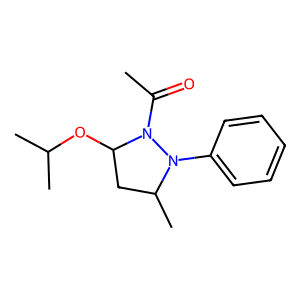
SMILES: CC(=O)N1C(OC(C)C)CC(C)N1c1ccccc1
Inhibits HIV replication: No